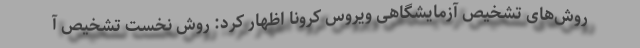
روش‌های تشخیص آزمایشگاهی ویروس کرونا اظهار کرد: روش‌ نخست تشخیص آ